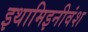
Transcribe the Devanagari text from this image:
इथामिइनीवंश